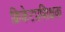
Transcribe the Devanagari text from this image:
क्रिकेटप्रशिक्षक